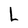
Character: L